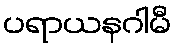
ပရာယနဂါမီ